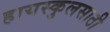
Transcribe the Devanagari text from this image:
हायस्‍कुलसाठी